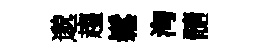
邈趨鬆洶髓